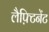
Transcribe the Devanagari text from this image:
लैफ़्टिनेंट